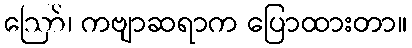
ဪ၊ ကဗျာဆရာက ပြောထားတာ။